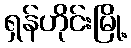
ရှန်ဟိုင်းမြို့